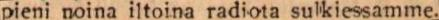
pieni noina iltoina radiota sulkiessamme.